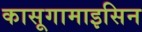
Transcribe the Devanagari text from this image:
कासूगामाइसिन